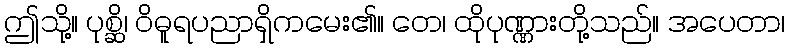
ဤသို့။ ပုစ္ဆိ၊ ဝိဓူရပညာရှိကမေး၏။ တေ၊ ထိုပုဏ္ဏားတို့သည်။ အပေတာ၊